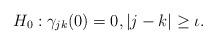
LaTeX: \begin{align*}H_0:\gamma_{jk}(0)=0,|j-k|\geq \iota.\end{align*}